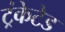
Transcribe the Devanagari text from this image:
ट्रंकेटेड